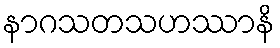
နာဂသတသဟဿာနိ